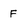
Character: F